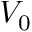
V _ { 0 }